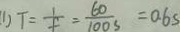
( 1 ) T = \frac { 1 } { f } = \frac { 6 0 } { 1 0 0 s } = 0 . 6 s